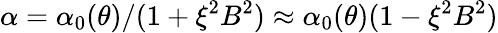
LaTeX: \alpha=\alpha_{0}(\theta)/(1+\xi^{2}B^{2})\approx\alpha_{0}(\theta)(1-\xi^{2}B^{2})